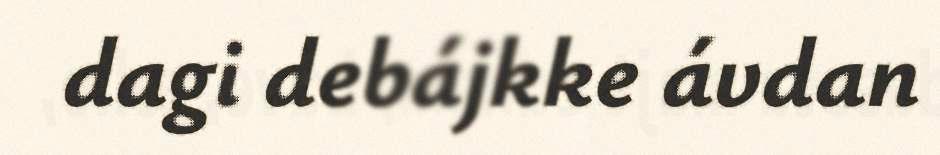
dagi debájkke ávdan